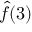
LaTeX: { \hat { f } } ( 3 )